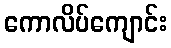
ကောလိပ်ကျောင်း